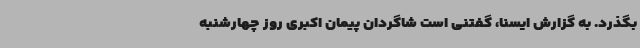
بگذرد. به گزارش ایسنا، گفتنی است شاگردان پیمان اکبری روز چهارشنبه